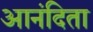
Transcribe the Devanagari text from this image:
आनंदिता